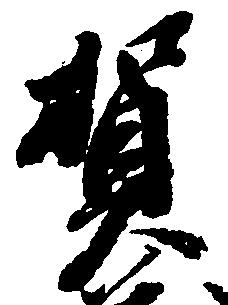
賀